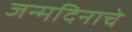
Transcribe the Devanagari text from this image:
जन्‍मदिनाचे